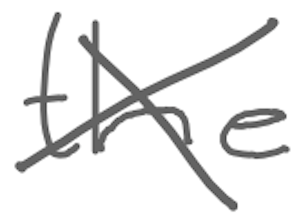
Text: the
Cross-out: cross
Writing tool: digital_gray